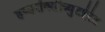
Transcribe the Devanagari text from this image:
हय्डरॉक्सीब्युटईरेट